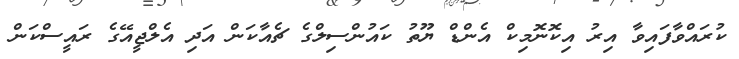
ކުރައްވާފައިވާ އިރު އިކޮނޮމިކް އެންޑް ޔޫތު ކައުންސިލްގެ ޗެއާކަން އަދި އެލްޖީއޭގެ ރައީސްކަން